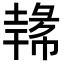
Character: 𪤐